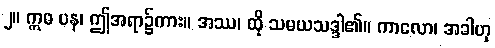
၂။ ဣဓ ပန၊ ဤအရာ၌ကား။ အဿ၊ ထို သမယသဒ္ဒါ၏။ ကာလော၊ အခါဟု